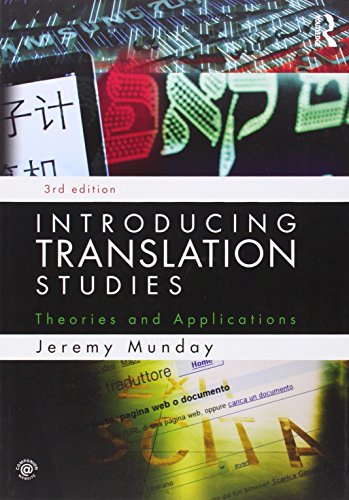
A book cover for Translation Bundle Nottingham Uni: Introducing Translation Studies: Theories and Applications; Jeremy Munday; Reference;